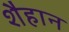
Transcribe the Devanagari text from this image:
शैहान